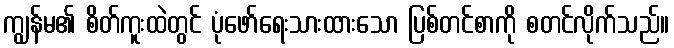
ကျွန်မ၏ စိတ်ကူးထဲတွင် ပုံဖော်ရေးသားထားသော ပြစ်တင်စာကို စတင်လိုက်သည်။